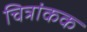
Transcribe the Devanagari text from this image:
चित्रांकक